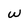
Character: W